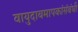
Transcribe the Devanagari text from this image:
वायुदाबमापकांसंबंधी